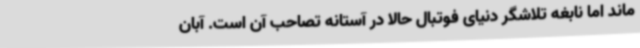
ماند اما نابغه تلاشگر دنیای فوتبال حالا در آستانه تصاحب آن است. آبان